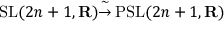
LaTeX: \operatorname { S L } ( 2 n + 1 , \mathbf { R } ) { \overset { \sim } { \to } } \operatorname { P S L } ( 2 n + 1 , \mathbf { R } )